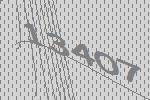
13407